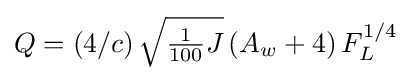
Q=\left(4/c\right){\sqrt {\textstyle {\frac {1}{100}}J}}\left(A_{w}+4\right)F_{L}^{1/4}